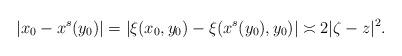
LaTeX: \begin{align*}|x_0-x^s(y_0)|=|\xi(x_0,y_0)-\xi(x^s(y_0),y_0)|\asymp 2|\zeta-z|^2.\end{align*}